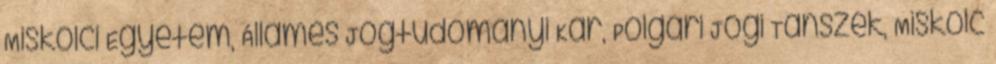
Miskolci Egyetem, Államés Jogtudományi Kar, Polgári Jogi Tanszék, Miskolc